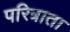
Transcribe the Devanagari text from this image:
परित्राता